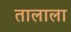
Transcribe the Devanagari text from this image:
तालाला